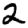
Digit: 2